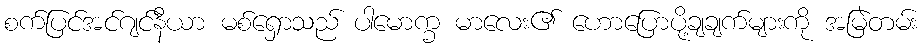
စက်ပြင်အင်ဂျင်နီယာ မစ်ရှောသည် ပါမောက္ခ မာလေး၏ ဟောပြောပို့ချချက်များကို အမြဲတမ်း